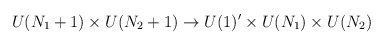
\begin{align*}U(N_1+1)\times U(N_2+1) \rightarrow U(1)^\prime \times U(N_1) \times U(N_2)\end{align*}